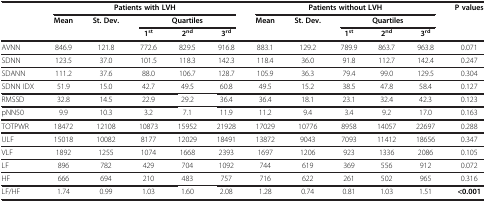
<table><thead><tr><td><b> </b></td><td colspan="5"><b>Patients with LVH</b></td><td colspan="5"><b>Patients without LVH</b></td><td><b>P values</b></td></tr><tr><td><b> </b></td><td><b>Mean</b></td><td><b>St. Dev.</b></td><td colspan="3"><b>Quartiles</b></td><td><b>Mean</b></td><td><b>St. Dev.</b></td><td colspan="3"><b>Quartiles</b></td><td><b> </b></td></tr><tr><td><b> </b></td><td><b> </b></td><td><b> </b></td><td><b>1<sup>st</sup></b></td><td><b>2<sup>nd</sup></b></td><td><b>3<sup>rd</sup></b></td><td><b> </b></td><td><b> </b></td><td><b>1<sup>st</sup></b></td><td><b>2<sup>nd</sup></b></td><td><b>3<sup>rd</sup></b></td><td><b> </b></td></tr></thead><tbody><tr><td>AVNN</td><td>846.9</td><td>121.8</td><td>772.6</td><td>829.5</td><td>916.8</td><td>883.1</td><td>129.2</td><td>789.9</td><td>863.7</td><td>963.8</td><td>0.071</td></tr><tr><td>SDNN</td><td>123.5</td><td>37.0</td><td>101.5</td><td>118.3</td><td>142.3</td><td>118.4</td><td>36.0</td><td>91.8</td><td>112.7</td><td>142.4</td><td>0.247</td></tr><tr><td>SDANN</td><td>111.2</td><td>37.6</td><td>88.0</td><td>106.7</td><td>128.7</td><td>105.9</td><td>36.3</td><td>79.4</td><td>99.0</td><td>129.5</td><td>0.304</td></tr><tr><td>SDNN IDX</td><td>51.9</td><td>15.0</td><td>42.7</td><td>49.5</td><td>60.8</td><td>49.5</td><td>15.2</td><td>38.5</td><td>47.8</td><td>58.4</td><td>0.127</td></tr><tr><td>RMSSD</td><td>32.8</td><td>14.5</td><td>22.9</td><td>29.2</td><td>36.4</td><td>36.4</td><td>18.1</td><td>23.1</td><td>32.4</td><td>42.3</td><td>0.123</td></tr><tr><td>pNN50</td><td>9.9</td><td>10.3</td><td>3.2</td><td>7.1</td><td>11.9</td><td>11.2</td><td>9.4</td><td>3.4</td><td>9.2</td><td>17.0</td><td>0.163</td></tr><tr><td>TOTPWR</td><td>18472</td><td>12108</td><td>10873</td><td>15952</td><td>21928</td><td>17029</td><td>10776</td><td>8958</td><td>14057</td><td>22697</td><td>0.288</td></tr><tr><td>ULF</td><td>15018</td><td>10082</td><td>8177</td><td>12029</td><td>18491</td><td>13872</td><td>9043</td><td>7093</td><td>11412</td><td>18656</td><td>0.347</td></tr><tr><td>VLF</td><td>1892</td><td>1255</td><td>1074</td><td>1668</td><td>2393</td><td>1697</td><td>1206</td><td>923</td><td>1336</td><td>2086</td><td>0.105</td></tr><tr><td>LF</td><td>896</td><td>782</td><td>429</td><td>704</td><td>1092</td><td>744</td><td>619</td><td>369</td><td>556</td><td>912</td><td>0.072</td></tr><tr><td>HF</td><td>666</td><td>694</td><td>210</td><td>483</td><td>757</td><td>716</td><td>622</td><td>261</td><td>502</td><td>965</td><td>0.316</td></tr><tr><td>LF/HF</td><td>1.74</td><td>0.99</td><td>1.03</td><td>1.60</td><td>2.08</td><td>1.28</td><td>0.74</td><td>0.81</td><td>1.03</td><td>1.51</td><td><b>&lt;0.001</b></td></tr></tbody></table>